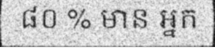
៨០ % មាន អ្នក